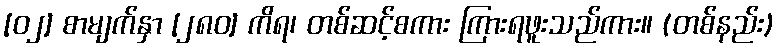
[၀၂] စာမျက်နှာ [၂၈၀] ကိရ၊ တစ်ဆင့်စကား ကြားရဖူးသည်ကား။ (တစ်နည်း)